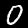
Label: 0